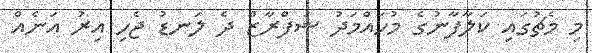
މި މެޗުގައި ކަލާފާނުގެ މުހައްމަދު ޝަފްރާޒް ދެ ލަނޑު ޖެހި އިރު އަނެއް